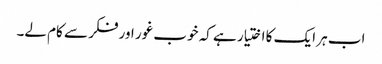
اب ہر ایک کا اختیار ہے کہ خوب غور اور فکر سے کام لے۔